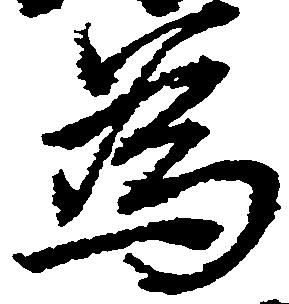
為